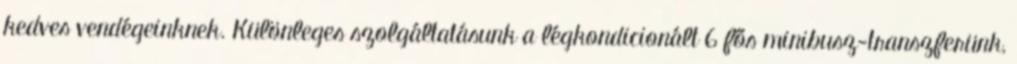
kedves vendégeinknek. Különleges szolgáltatásunk a légkondicionált 6 fős minibusz-transzferünk,